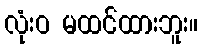
လုံးဝ မထင်ထားဘူး။